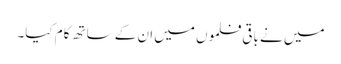
میں نے باقی فلموں میں ان کے ساتھ کام کیا۔